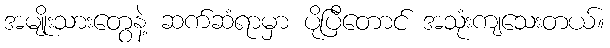
အမျိုးသားတွေနဲ့ ဆက်ဆံရာမှာ ပိုပြီတောင် အသုံးကျသေးတယ်။